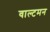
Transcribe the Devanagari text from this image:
वाल्टमन